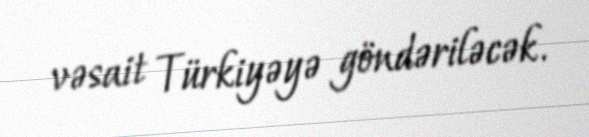
vəsait Türkiyəyə göndəriləcək.